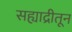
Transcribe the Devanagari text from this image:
सह्याद्रीतून